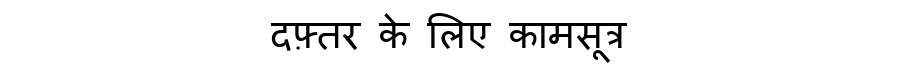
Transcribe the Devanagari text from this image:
दफ़्तर के लिए कामसूत्र